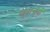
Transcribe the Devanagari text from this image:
चुंबाचुंबी